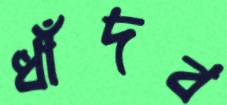
ধাঁদব